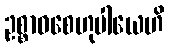
ဥစ္စာဝစေဟုပါယေဟိ